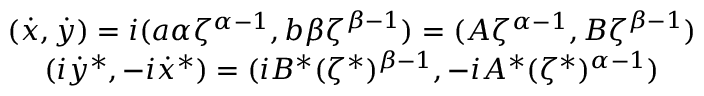
\begin{array} { c } { { ( \dot { x } , \dot { y } ) = i ( a \alpha \zeta ^ { \alpha - 1 } , b \beta \zeta ^ { \beta - 1 } ) = ( A \zeta ^ { \alpha - 1 } , B \zeta ^ { \beta - 1 } ) } } \\ { { ( i \dot { y } ^ { * } , - i \dot { x } ^ { * } ) = ( i B ^ { * } ( \zeta ^ { * } ) ^ { \beta - 1 } , - i A ^ { * } ( \zeta ^ { * } ) ^ { \alpha - 1 } ) } } \end{array}